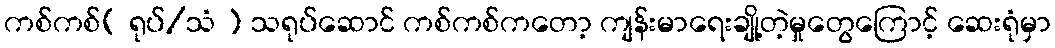
ကစ်ကစ်( ရုပ်/သံ ) သရုပ်ဆောင် ကစ်ကစ်ကတော့ ကျန်းမာရေးချို့တဲ့မှုတွေကြောင့် ဆေးရုံမှာ